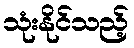
သုံးနိုင်သည့်